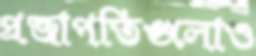
প্রজাপতিগুলোও